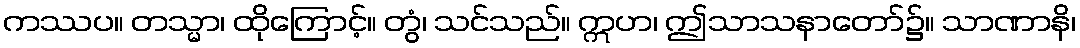
ကဿပ။ တသ္မာ၊ ထိုကြောင့်။ တွံ၊ သင်သည်။ ဣဟ၊ ဤသာသနာတော်၌။ သာဏာနိ၊